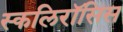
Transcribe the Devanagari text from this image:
स्कलिरॉसिस